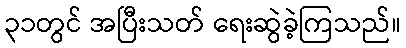
၃၁တွင် အပြီးသတ် ရေးဆွဲခဲ့ကြသည်။